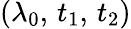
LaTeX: (\lambda_{0},\, t_{1},\, t_{2})